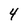
Character: 4